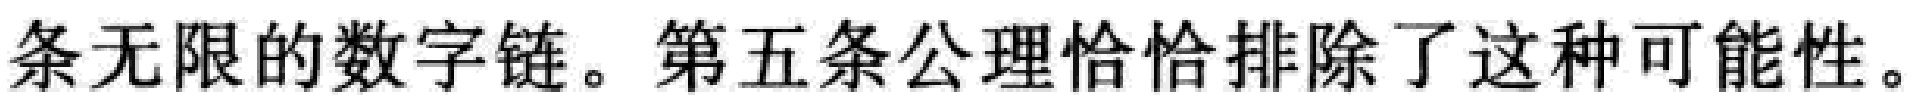
条无限的数字链。第五条公理恰恰排除了这种可能性。